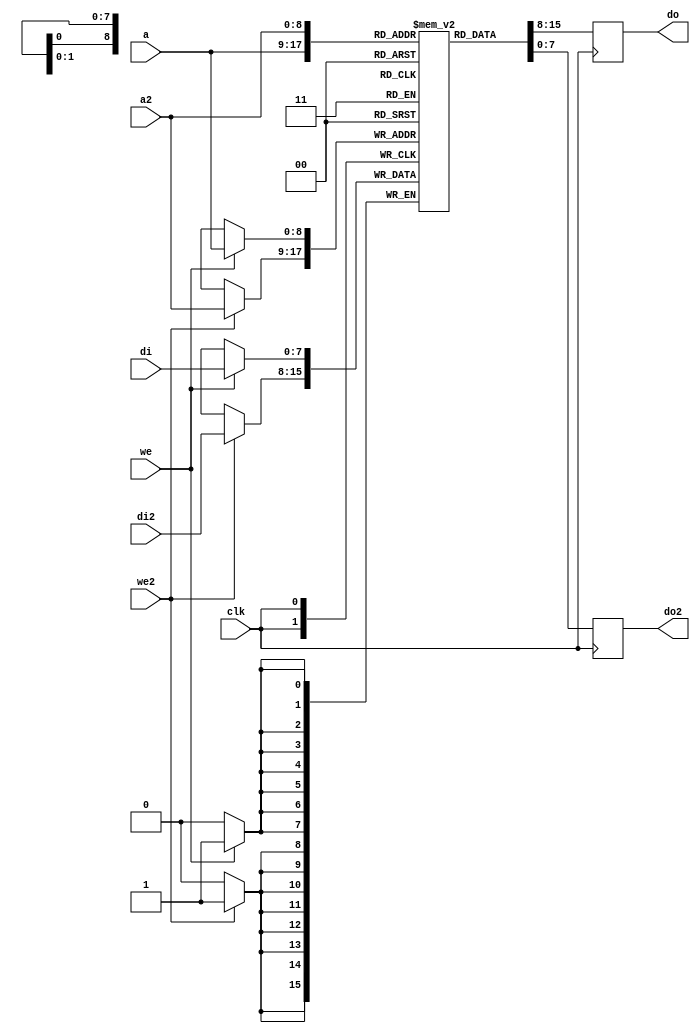
/*
 * Milkymist VJ SoC
 * Copyright (C) 2007, 2008, 2009, 2010 Sebastien Bourdeauducq
 *
 * This program is free software: you can redistribute it and/or modify
 * it under the terms of the GNU General Public License as published by
 * the Free Software Foundation, version 3 of the License.
 *
 * This program is distributed in the hope that it will be useful,
 * but WITHOUT ANY WARRANTY; without even the implied warranty of
 * MERCHANTABILITY or FITNESS FOR A PARTICULAR PURPOSE.  See the
 * GNU General Public License for more details.
 *
 * You should have received a copy of the GNU General Public License
 * along with this program.  If not, see <http://www.gnu.org/licenses/>.
 */

module dmx_dpram #(
	parameter depth = 9,
	parameter width = 8
) (
	input clk,

	input [depth-1:0] a,
	input we,
	input [width-1:0] di,
	output reg [width-1:0] do,

	input [depth-1:0] a2,
	input we2,
	input [width-1:0] di2,
	output reg [width-1:0] do2
);

reg [width-1:0] ram[0:(1 << depth)-1];

always @(posedge clk) begin
	if(we)
		ram[a] <= di;
	do <= ram[a];
	if(we2)
		ram[a2] <= di2;
	do2 <= ram[a2];
end

// synthesis translate_off
integer i;
initial begin
	for(i=0;i<(1 << depth);i=i+1)
		ram[i] = {width{1'b0}};
	ram[0] = 8'h55;
	ram[1] = 8'haa;
	ram[511] = 8'hff;
end
// synthesis translate_on

endmodule